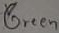
Text: Green